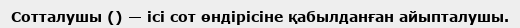
Сотталушы () — ісі сот өндірісіне қабылданған айыпталушы.